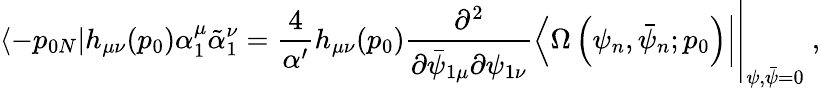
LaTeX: \left\langle-p_{0N}\right|h_{\mu\nu}(p_{0})\alpha_{1}^{\mu}\tilde{\alpha}_{1}^{\nu}=\left.\frac{4}{\alpha^{\prime}}h_{\mu\nu}(p_{0})\frac{\partial^{2}}{\partial\bar{\psi}_{1\mu}\partial\psi_{1\nu}}\left\langle\Omega\left(\psi_{n},\bar{\psi}_{n};p_{0}\right)\right|\right|_{\psi,\bar{\psi}=0}~,